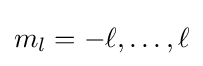
m_{l}=-\ell ,\ldots ,\ell